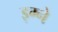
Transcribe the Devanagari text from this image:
इग्ने